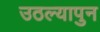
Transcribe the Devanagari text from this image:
उठल्यापुन